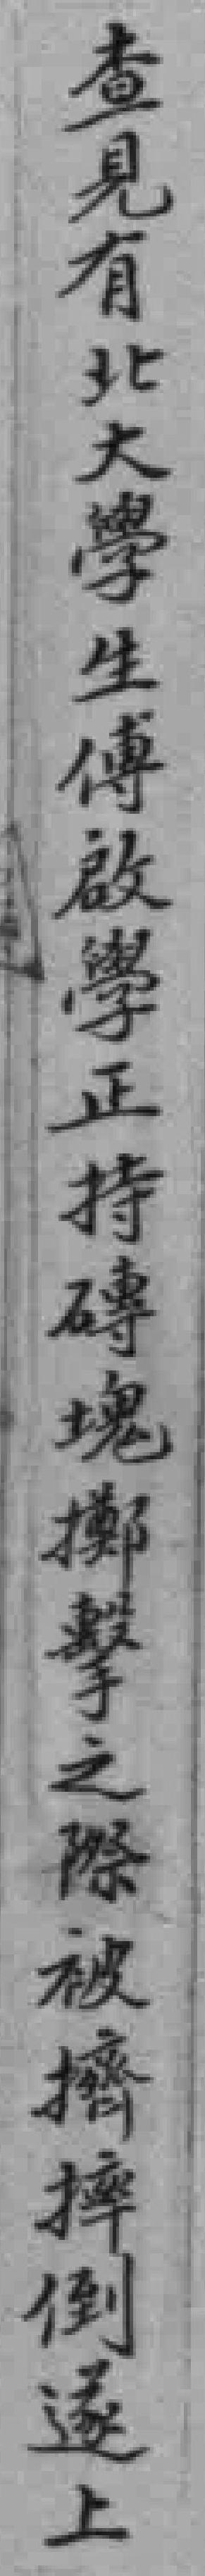
查見有北大學生傅啟學正持磚塊擲擊之際被擠摔倒遂上